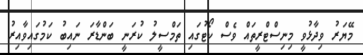
މޭޔަރު ވިދާޅުވީ މިނިސްޓްރީތައް ވެސް ކޯޓުގައި ތަމްސީލު ކުރަނީ ބަންޑާރަ ނައިބު ކަމުގައިވާއިރު